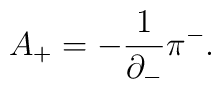
A_+=-\frac{1}{{\partial}_-}{\pi}^-.